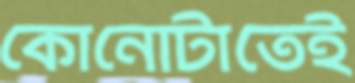
কোনোটাতেই